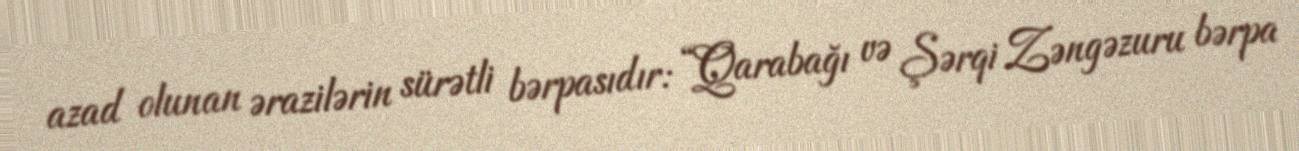
azad olunan ərazilərin sürətli bərpasıdır: “Qarabağı və Şərqi Zəngəzuru bərpa